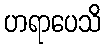
ဟရာပေသိ